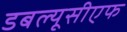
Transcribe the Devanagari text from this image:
डबल्यूसीएफ